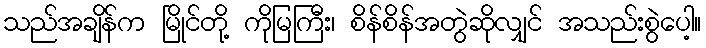
သည်အချိန်က မြိုင်တို့ ကိုမြကြီး၊ စိန်စိန်အတွဲဆိုလျှင် အသည်းစွဲပေါ့။